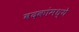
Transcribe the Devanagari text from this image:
बदकांमध्ये